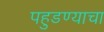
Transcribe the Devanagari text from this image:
पहुडण्याचा